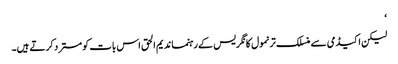
‘
لیکن اکیڈمی سے منسلک ترنمول کانگریس کے رہنما ندیم الحق اس بات کو مسترد کرتے ہیں۔